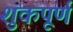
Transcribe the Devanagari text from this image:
शुकपूर्ण